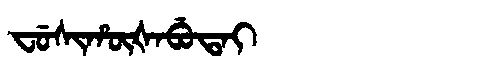
Manchu: ᠸᡠᠰᡳᡥᡡᡧᠠᠪᡠᡨᠠᡳ
Romanization: FUSIHŪŠABUTAI